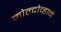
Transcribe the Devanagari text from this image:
मोल्दोव्हाने